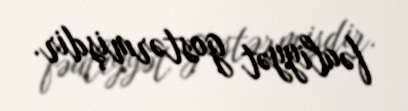
fəaliyyət gostərmişdir.